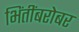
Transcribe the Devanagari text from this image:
भिंतींबरोबर